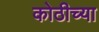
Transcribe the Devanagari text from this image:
कोठीच्या